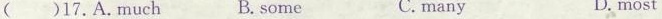
( )17.A.Much B. some C.many D.most